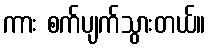
ကား စက်ပျက်သွားတယ်။